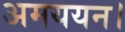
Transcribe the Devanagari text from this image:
अमययन।